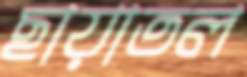
ছায়াতল